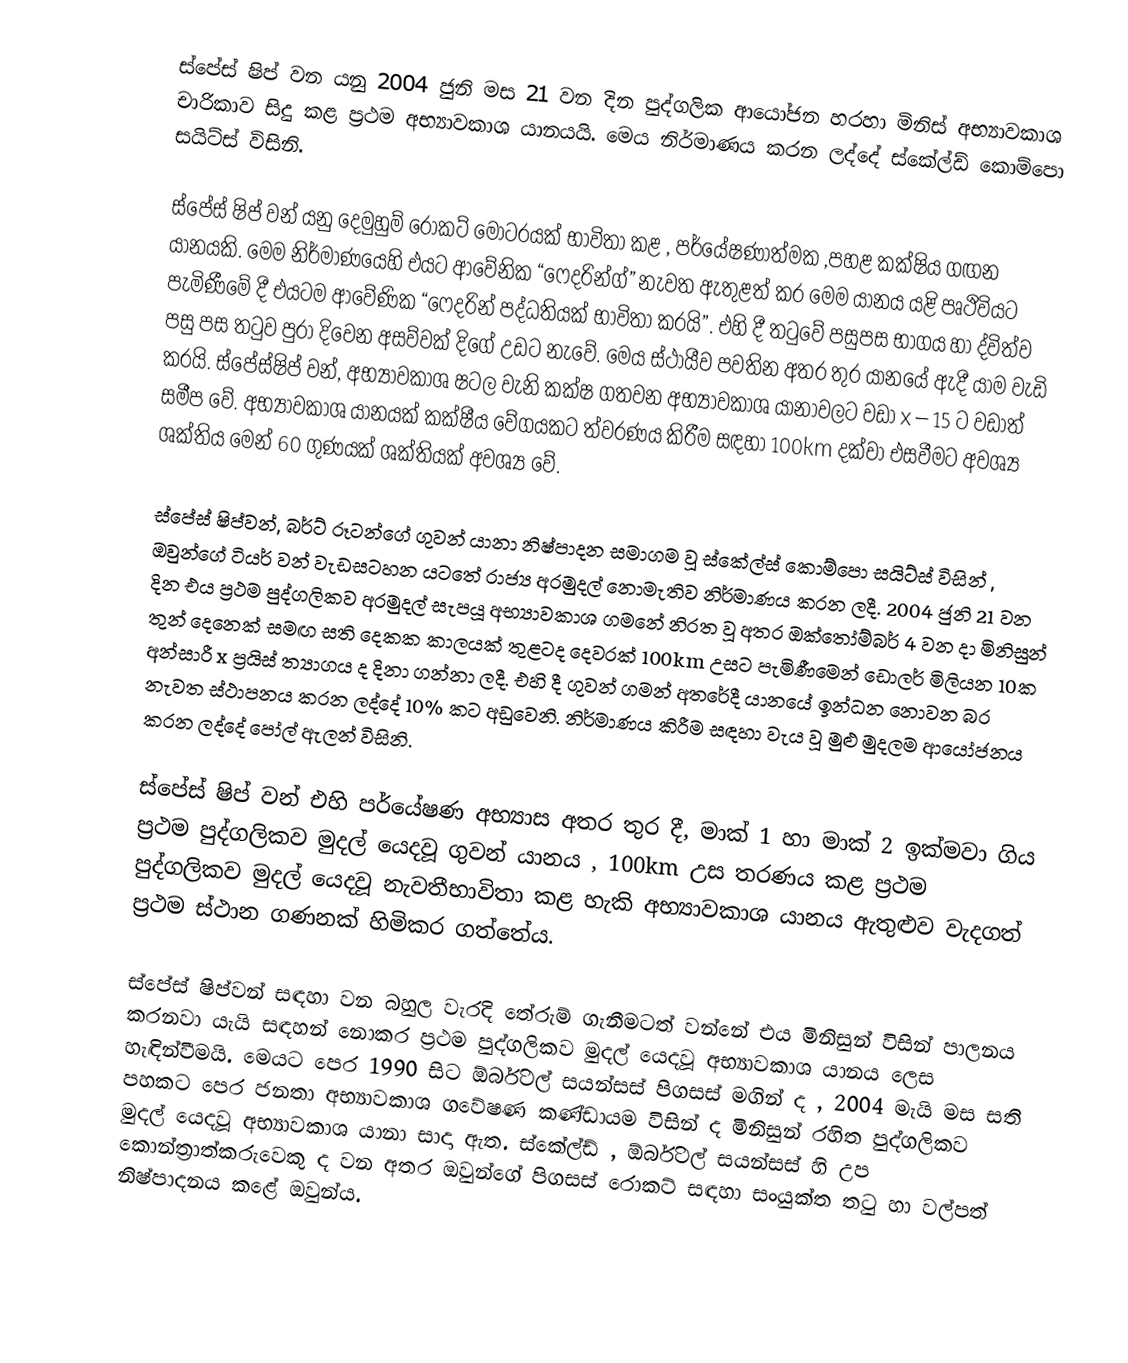
ස්පේස් ෂිප් වන යනු 2004 ජුනි මස 21 වන දින පුද්ගලික ආයෝජන හරහා මිනිස් අභ්‍යාවකාශ චාරිකාව සිදු කළ ප්‍රථම අභ්‍යාවකාශ යානයයි. මෙය නිර්මාණය කරන ලද‍්දේ ස්කේල්ඩ් කොම්පො සයිට්ස් විසිනි.

ස්පේස් ෂිප් වන් යනු දෙමුහුම් රොකට් මෝටරයක් භාවිතා කළ , පර්යේෂණාත්මක ,පහළ කක්ෂිය ගඟන යානයකි. මෙම නිර්මාණයෙහි එයට ආවේනික “ෆෙදරින්ග්” නැවත ඇතුළත් කර මෙම යානය යළි පෘථිවියට පැමිණීමේ දී එයටම ආවේණික “ෆෙදරින් පද්ධතියක් භාවිතා කරයි”. එහි දී තටුවේ පසුපස භාගය හා ද්විත්ව පසු පස තටුව පුරා දිවෙන අසව්වක් දිගේ උඩට නැවේ. මෙය ස්ථායීව පවතින අතර තුර යානයේ ඇදී යාම වැඩි කරයි. ස්පේස්ෂිප් වන්, අභ්‍යාවකාශ ෂටල වැනි කක්ෂ ගතවන අභ්‍යාවකාශ යානාවලට වඩා x – 15 ට වඩාත්  සමීප වේ. අභ්‍යාවකාශ යානයක් කක්ෂීය වේගයකට ත්වරණය කිරීම සඳහා 100km දක්වා එසවීමට අවශ්‍ය ශක්තිය මෙන් 60 ගුණයක් ශක්තියක් අවශ්‍ය වේ.

ස්පේස් ෂිප්වන්, බර්ට් රූටන්ගේ ගුවන් යානා නිෂ්පාදන සමාගම වූ ස්කේල්ස් කොම්පො සයිට්ස් විසින් , ඔවු‍න්ගේ ටියර් වන් වැඩසටහන යටතේ රාජ්‍ය අරමුදල් නොමැතිව නිර්මාණය කරන ලදී. 2004 ජුනි 21 වන දින එය ප්‍රථම පුද්ගලිකව අරමුදල් සැපයූ අභ්‍යාවකාශ ගමනේ නිරත වූ අතර ඔක්තෝම්බර් 4 වන දා මිනිසුන් තුන් දෙනෙක් සමඟ සති දෙකක  කාලයක් තුළටද දෙවරක් 100km උසට පැමි‍ණීමෙන් ඩොලර් මිලියන 10ක අන්සාරී x ප්‍රයිස් ත්‍යාගය ද දිනා ගන්නා ලදී. එහි දී ගුවන් ගමන් අතරේදී යානයේ ඉන්ධන නොවන බර නැවත ස්ථාපනය කරන ලද්දේ 10% කට අඩුවෙනි. නිර්මාණය කිරීම සඳහා වැය වූ මුළු මුදලම ආයෝජනය කරන ලද්දේ පෝල් ඇලන් විසිනි.

ස්පේස් ෂිප් වන් එහි පර්යේෂණ අභ්‍යාස අතර තුර දී, මාක් 1 හා මාක් 2 ඉක්මවා ගිය ප්‍රථම පුද්ගලිකව මුදල් යෙදවූ ගුවන් යානය , 100km උස තරණය කළ ප්‍රථම පුද්ගලිකව මුදල් යෙදවූ නැවතීභාවිතා කළ හැකි අභ්‍යාවකාශ යානය ඇතුළුව වැදගත් ප්‍රථම ස්ථාන ගණනක් හිමිකර ගත්තේය.

ස්පේස් ෂිප්වන් සඳහා වන බහුල වැරදි තේරුම් ගැනීමටත් වන්නේ එය මිනිසුන් විසින් පාලනය කරනවා යැයි සඳහන් නොකර ප්‍රථම පුද්ගලිකව මුදල් යෙදවූ අභ්‍යාවකාශ යානය ලෙස හැඳින්වීමයි. මෙයට පෙර 1990 සිට ඕර්බිටල් සයන්සස් පිගසස් මගින් ද , 2004 මැයි මස සති පහකට පෙර ජනතා අභ්‍යාවකාශ ගවේෂණ කණ්ඩායම විසින් ද මිනිසුන් රහිත පුද්ගලිකව මුදල් යෙදවූ අභ්‍යාවකාශ යානා සාදා ඇත. ස්කේල්ඩ් , ඕර්බිටල් සයන්සස් හි උප කොන්ත්‍රාත්කරුවෙකු ද වන අතර ඔවුන්ගේ පිගසස් රොකට් සඳහා සංයුක්ත තටු හා වල්පත් නිෂ්පාදනය කළේ ඔවුන්ය.